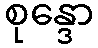
စုန္ဒော